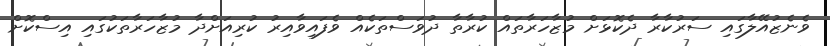
ވެނެޒުއޭލާގައި ސަރުކާރާ ދެކޮޅަށް މުޒާހަރާތައް ކުރާތާ ދުވަސްތަކެއް ވެފައިވާއިރު ކުރިއަށްދާ މުޒާހަރާތަކުގައި އިސްކޮށް